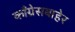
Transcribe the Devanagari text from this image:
काँग्रेसबाहेर